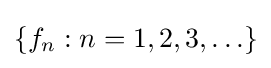
\left\{f_{n}:n=1,2,3,\ldots \right\}